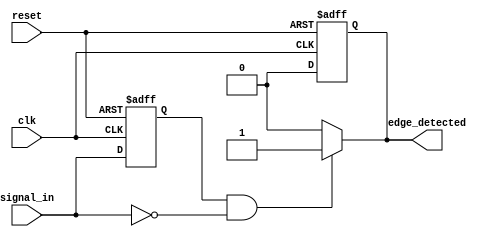
module negative_edge_detector (
    input wire clk,            // Clock signal
    input wire reset,          // Reset signal
    input wire signal_in,      // Input signal to monitor
    output reg edge_detected    // Output signal indicating negative edge detection
);

    reg signal_in_prev;        // Memory element to store the previous state of signal_in

    // Always block to handle the clock and reset
    always @(posedge clk or posedge reset) begin
        if (reset) begin
            signal_in_prev <= 1'b0; // Initialize previous state to 0 on reset
            edge_detected <= 1'b0;   // Initialize edge_detected to 0 on reset
        end else begin
            signal_in_prev <= signal_in; // Update previous state with current state
            edge_detected <= 1'b0;        // Reset edge_detected to 0
        end
    end

    // Combinational logic to detect negative edge
    always @(*) begin
        if (signal_in_prev == 1'b1 && signal_in == 1'b0) begin
            edge_detected = 1'b1; // Negative edge detected
        end else begin
            edge_detected = 1'b0; // No edge detected
        end
    end

endmodule